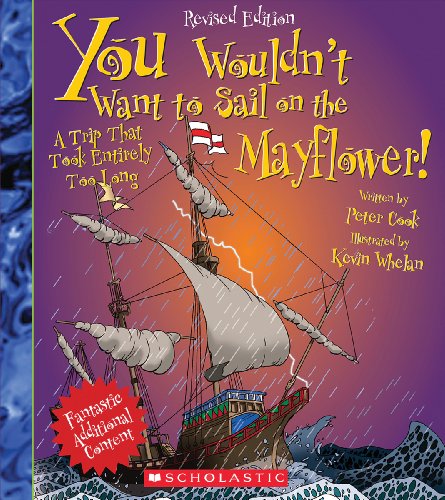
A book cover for You Wouldn't Want to Sail on the Mayflower!: A Trip That Took Entirely Too Long; Peter Cook; Children's Books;